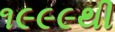
૧૯૯૯થી